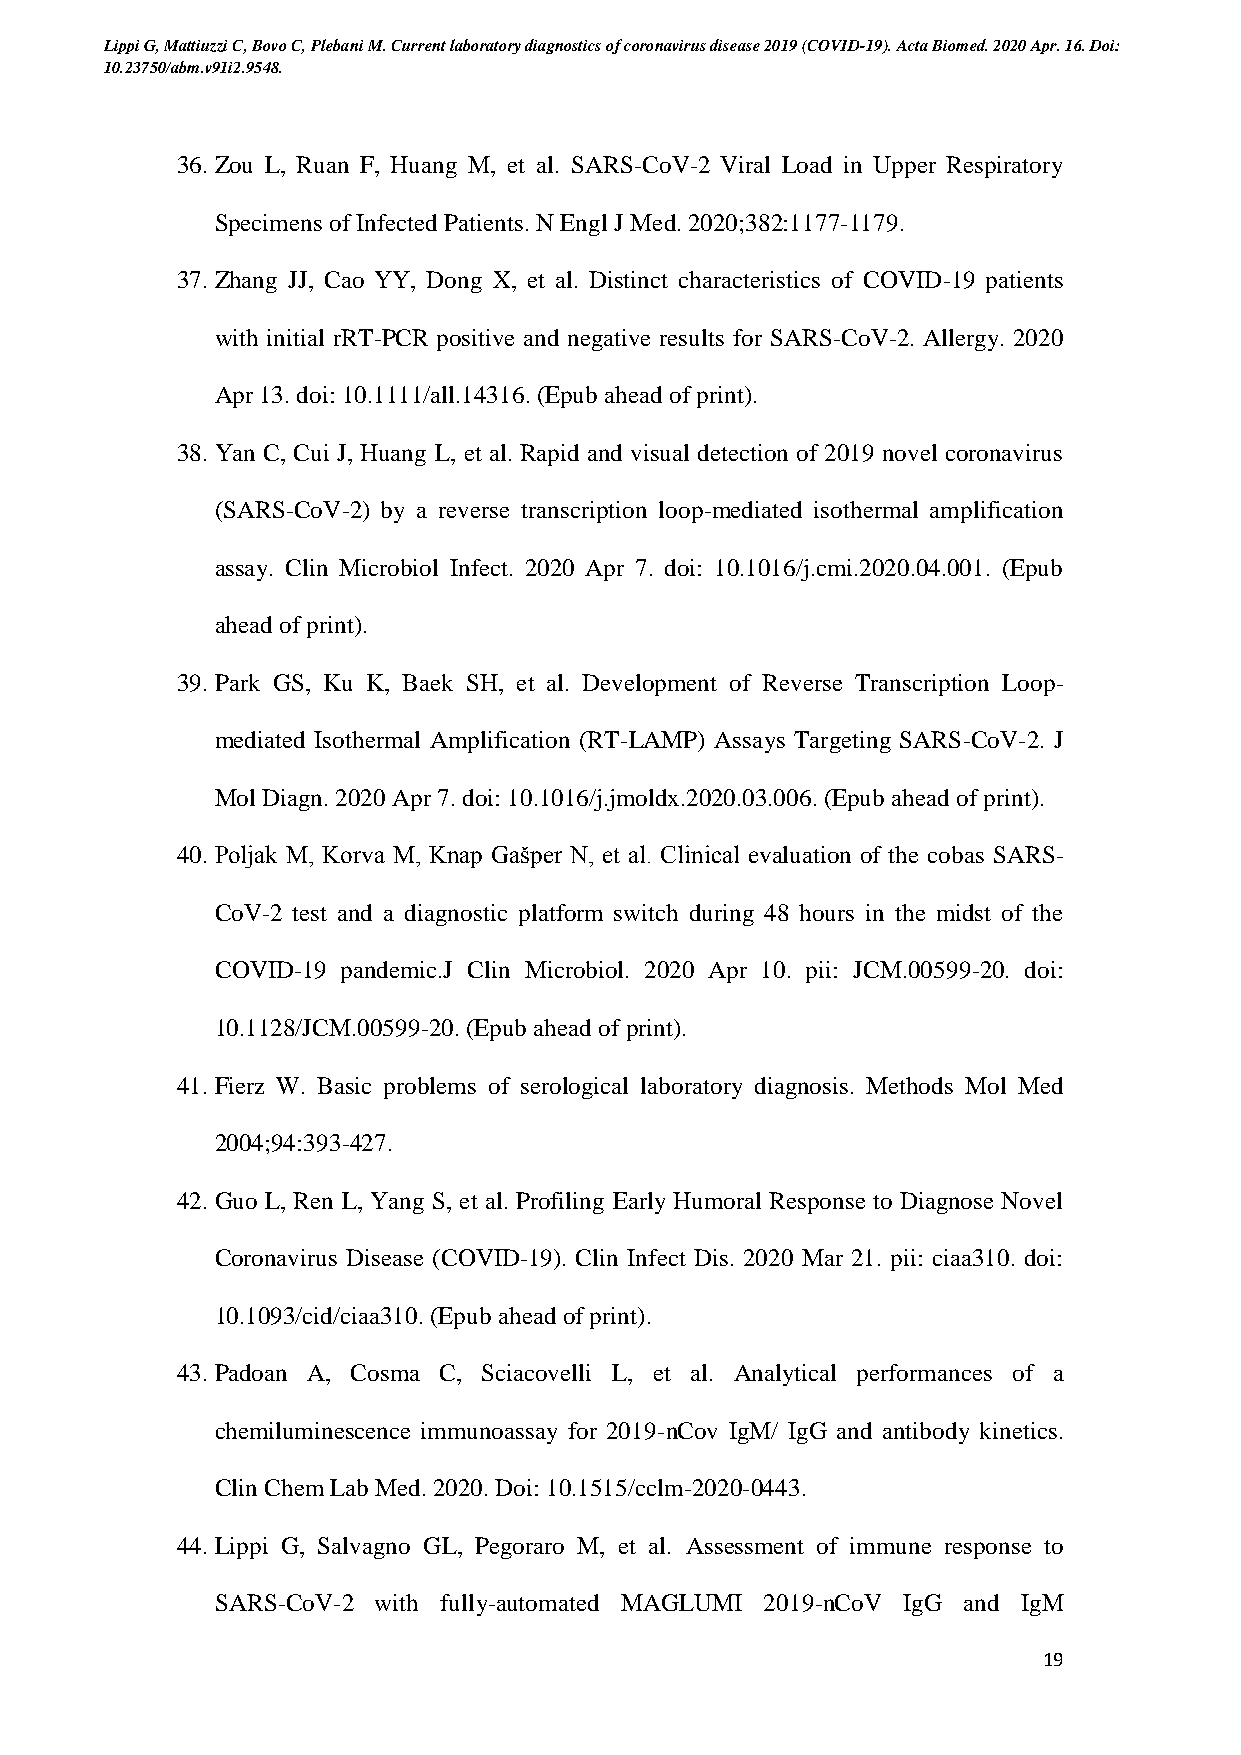
Lippi G, Mattiuzzi C, Bovo C, Plebani M. Current laboratory diagnostics of coronavirus disease 2019 (COVID-19). Acta Biomed. 2020 Apr. 16. Doi:
 10.23750/abm.v91i2.9548.
 36. Zou L, Ruan F, Huang M, et al. SARS-CoV-2 Viral Load in Upper Respiratory
 Specimens of Infected Patients. N Engl J Med. 2020;382:1177-1179.
 37. Zhang JJ, Cao YY, Dong X, et al. Distinct characteristics of COVID-19 patients
 with initial rRT-PCR positive and negative results for SARS-CoV-2. Allergy. 2020
 Apr 13. doi: 10.1111/all.14316. (Epub ahead of print).
 38. Yan C, Cui J, Huang L, et al. Rapid and visual detection of 2019 novel coronavirus
 (SARS-CoV-2) by a reverse transcription loop-mediated isothermal amplification
 assay. Clin Microbiol Infect. 2020 Apr 7. doi: 10.1016/j.cmi.2020.04.001. (Epub
 ahead of print).
 39. Park GS, Ku K, Baek SH, et al. Development of Reverse Transcription Loop-
 mediated Isothermal Amplification (RT-LAMP) Assays Targeting SARS-CoV-2. J
 Mol Diagn. 2020 Apr 7. doi: 10.1016/j.jmoldx.2020.03.006. (Epub ahead of print).
 40. Poljak M, Korva M, Knap Gašper N, et al. Clinical evaluation of the cobas SARS-
 CoV-2 test and a diagnostic platform switch during 48 hours in the midst of the
 COVID-19 pandemic.J Clin Microbiol. 2020 Apr 10. pii: JCM.00599-20. doi:
 10.1128/JCM.00599-20. (Epub ahead of print).
 41. Fierz W. Basic problems of serological laboratory diagnosis. Methods Mol Med
 2004;94:393-427.
 42. Guo L, Ren L, Yang S, et al. Profiling Early Humoral Response to Diagnose Novel
 Coronavirus Disease (COVID-19). Clin Infect Dis. 2020 Mar 21. pii: ciaa310. doi:
 10.1093/cid/ciaa310. (Epub ahead of print).
 43. Padoan A, Cosma C, Sciacovelli L, et al. Analytical performances of a
 chemiluminescence immunoassay for 2019-nCov IgM/ IgG and antibody kinetics.
 Clin Chem Lab Med. 2020. Doi: 10.1515/cclm-2020-0443.
 44. Lippi G, Salvagno GL, Pegoraro M, et al. Assessment of immune response to
 SARS-CoV-2 with fully-automated MAGLUMI 2019-nCoV IgG and IgM
 19